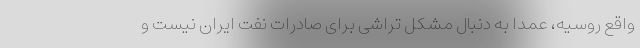
واقع روسیه، عمدا به دنبال مشکل تراشی برای صادرات نفت ایران نیست و